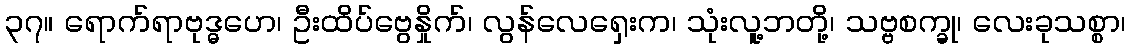
၃၇။ ရောက်ရာဗုဒ္ဓဟေ၊ ဦးထိပ်ဗွေနှိုက်၊ လွန်လေရှေးက၊ သုံးလူ့ဘတို့၊ သဗ္ဗစက္ခု၊ လေးခုသစ္စာ၊